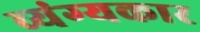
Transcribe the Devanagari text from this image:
व्‍यंग्‍यकार